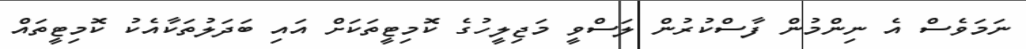
ނަމަވެސް އެ ނިންމުން ފާސްކުރުން ލަސްވީ މަޖިލީހުގެ ކޮމިޓީތަކަށް އައި ބަދަލުތަކާއެކު ކޮމިޓީތައް